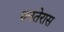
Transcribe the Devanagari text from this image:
धनतेरास